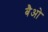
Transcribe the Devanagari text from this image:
बैओ